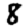
Digit: 8